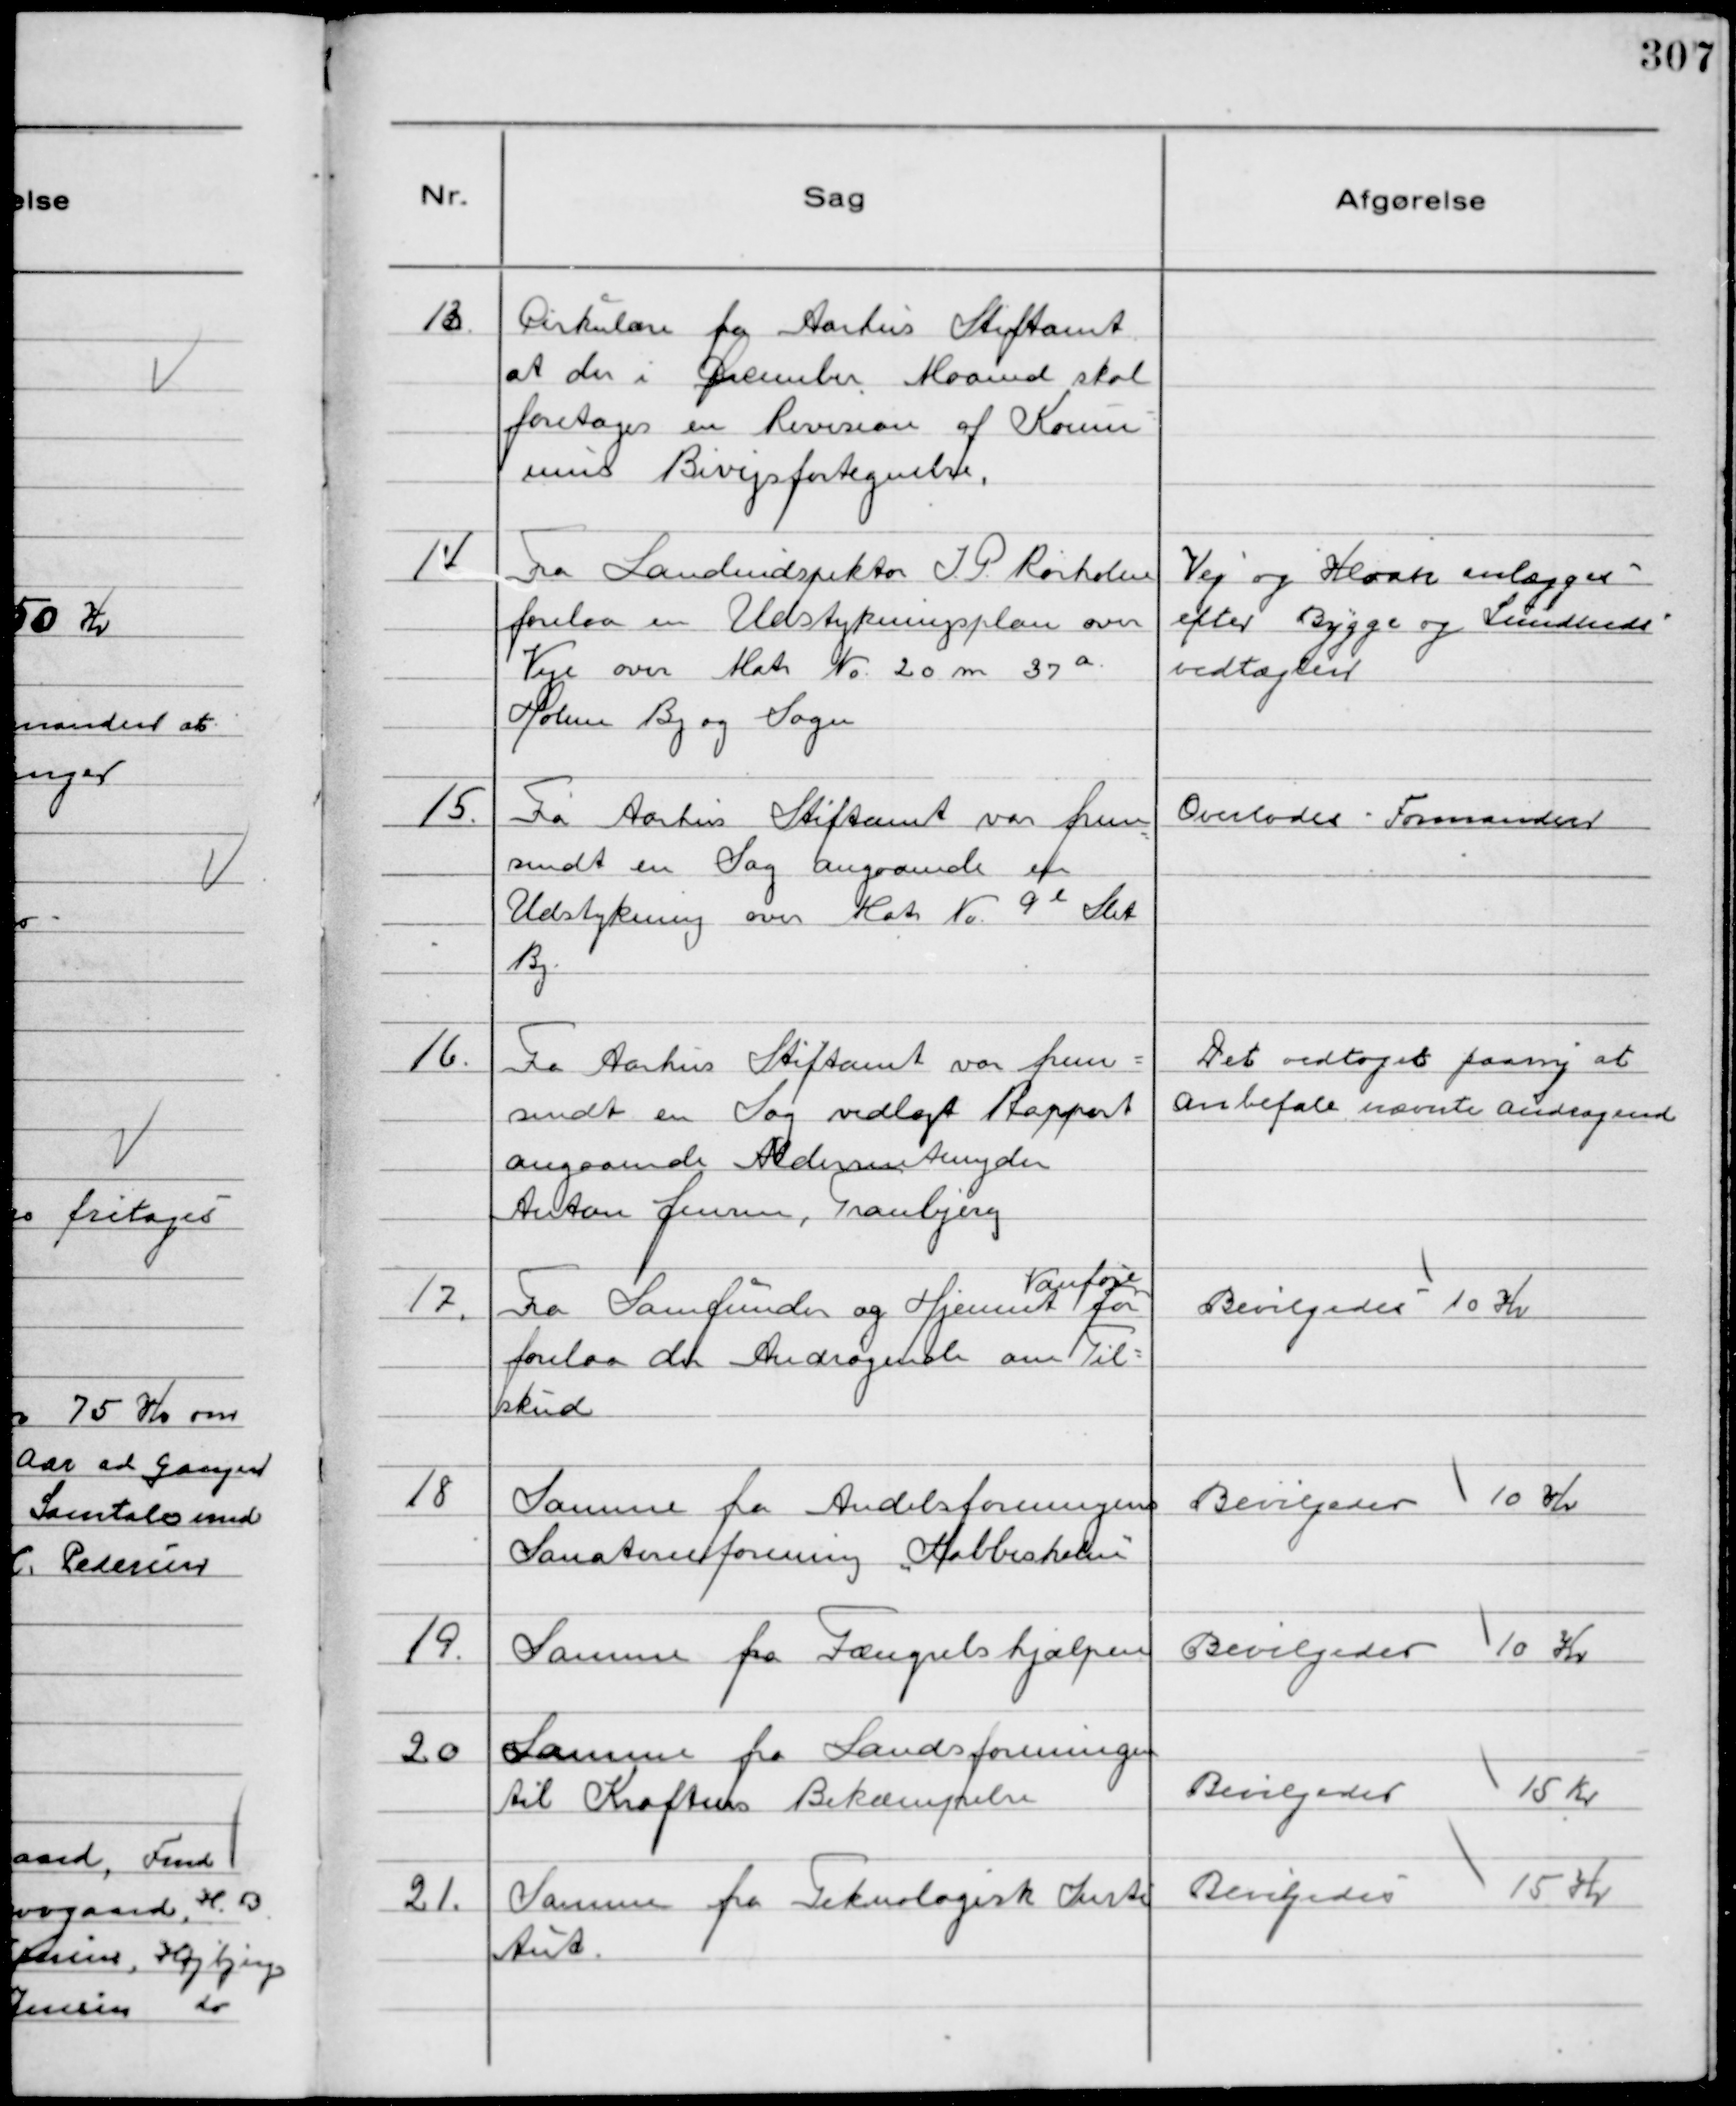
Transskription:
13
Cirkulære fra Aarhus Stiftamt
at der i December Maaned skal
foretages en Revision af Kommu-
nens Bivejsfortegnelse.

14
Fra Landindspektør J.P. Rørholm
forelaa en Udstykningsplan over
Veje over Matr № 20 m 37 a
Holme By og Sogn

Vej og Kloak anlægges
efter Bygge og Sundheds
vedtægter

15.
Fra Aarhus Stiftamt var frem
sendt en Sag angaaende en
Udstykning over Matr № 9 l Slet
By.

Overlodes Formanden

16.
Fra Aarhus Stiftamt var frem-
sendt en Sag vedlagt Rapport
angaaende Aldersrentenyder
Anton Jensen, Tranbjerg

Det vedtoges paany at
anbefale nævnte andragende

17.
Fra Samfunds og Hjemmet
Vanføre
for
forelaa der Andragende om Til-
skud

Bevilgedes 10 Kr

18
Samme fra Andelsforeningens
Sanatorieforening "Krabbesholm"

Bevilgedes 10 Kr

19.
Samme fra Fængselshjælpen

Bevilgedes 10 Kr

20
Samme fra Landsforeningen
til Kræftens Bekæmpelse

Bevilgedes 15 Kr

21.
Samme fra Teknologisk Insti
tut.

Bevilgedes 15 Kr